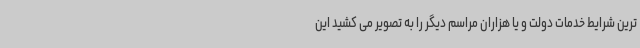
ترین شرایط خدمات دولت و یا هزاران مراسم دیگر را به تصویر می کشید این